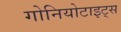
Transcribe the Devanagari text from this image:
गोनियोटाइट्स